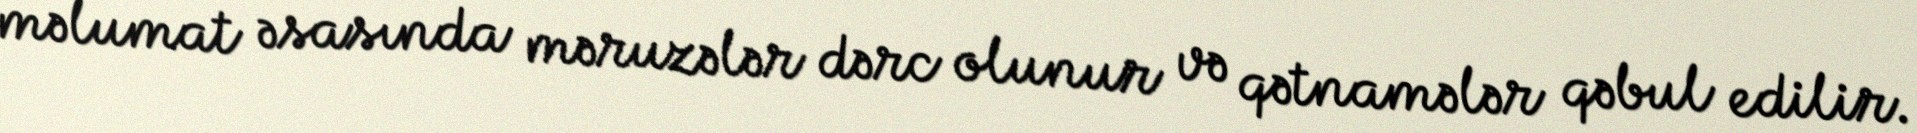
məlumat əsasında məruzələr dərc olunur və qətnamələr qəbul edilir.